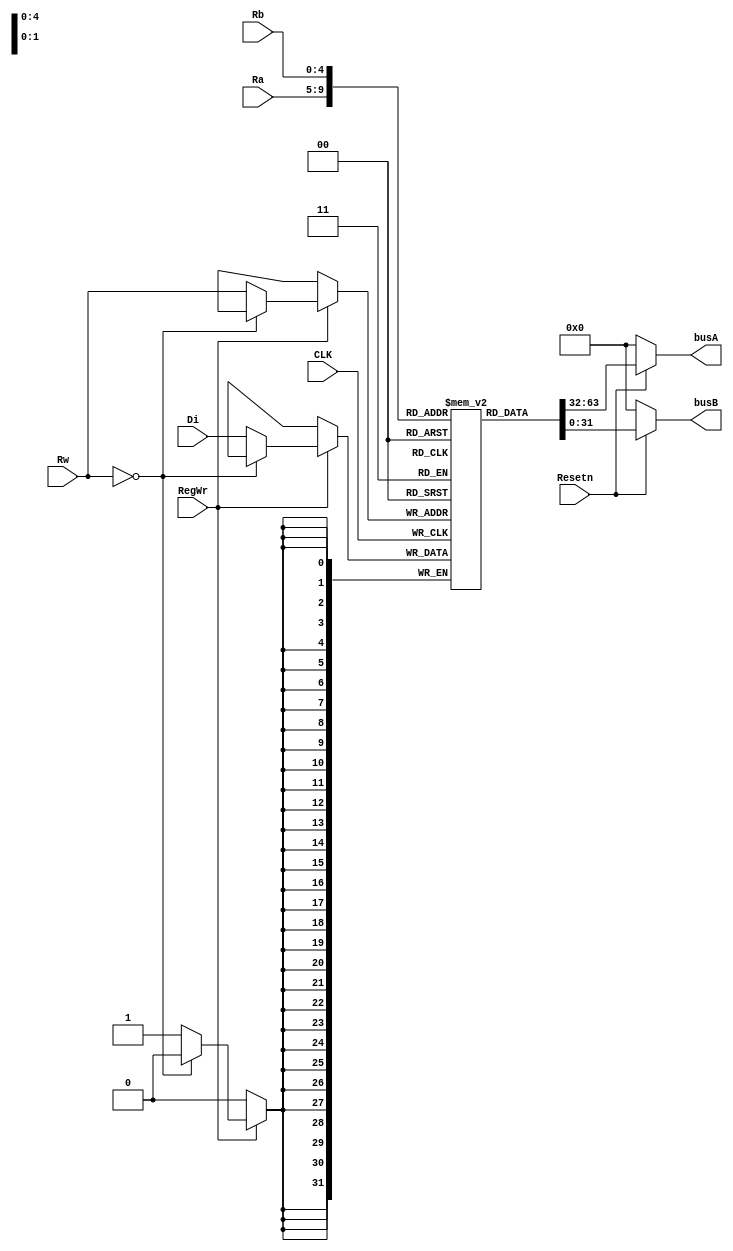
module RegisterFile(
    input  CLK,
    input RegWr,
    input Resetn,

    input [4:0] Rw,//
    input [31:0] Di, //

    input [4:0] Ra,//1
    output wire [31:0] busA,//1


    input [4:0] Rb,//2
    output wire [31:0] busB//2
);

reg [31:0] registerF [0:31];




 initial begin
        registerF[0] <= 32'd0;
        registerF[1] <= 32'd0;
        registerF[2] <= 32'd0;
        registerF[3] <= 32'd0;
        registerF[4] <= 32'd0;
        registerF[5] <= 32'd0;
        registerF[6] <= 32'd0;
        registerF[7] <= 32'd0;
        registerF[8] <= 32'd0;
        registerF[9] <= 32'd0;
        registerF[10] <= 32'd0;
        registerF[11] <= 32'd0;
        registerF[12] <= 32'd0;
        registerF[13] <= 32'd0;
        registerF[14] <= 32'd0;
        registerF[15] <= 32'd0;
        registerF[16] <= 32'd0;
        registerF[17] <= 32'd0;
        registerF[18] <= 32'd0;
        registerF[19] <= 32'd0;
        registerF[20] <= 32'd0;
        registerF[21] <= 32'd0;
        registerF[22] <= 32'd0;
        registerF[23] <= 32'd0;
        registerF[24] <= 32'd0;
        registerF[25] <= 32'd0;
        registerF[26] <= 32'd0;
        registerF[27] <= 32'd0;
        registerF[28] <= 32'd0;
        registerF[29] <= 32'd0;
        registerF[30] <= 32'd0;
        registerF[31] <= 32'd0;
end 


//
always @(negedge CLK ) begin
    if(RegWr == 1'b1) begin
        if(Rw == 1'b0)begin
            
        end
        else begin
            registerF[Rw] <= Di;
        end
    end
end

//
assign busA = (~Resetn) ? 32'b0 : registerF[Ra];
assign busB = (~Resetn) ? 32'b0 : registerF[Rb];

endmodule